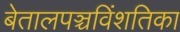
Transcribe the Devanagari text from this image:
बेतालपञ्चविंशतिका